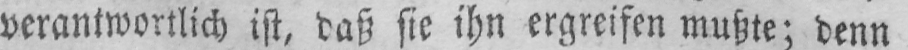
verantwortlich ist, daß sie ihn ergreifen mußte; denn